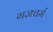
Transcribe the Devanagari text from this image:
गजचर्म